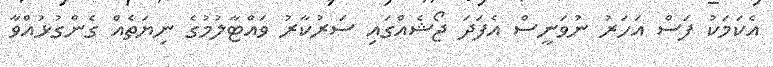
އެކަމަކު ފަސް އަހަރު ނުވަނީސް އެފަދަ ޖޯޝެއްގައި ސަރުކާރު ވައްޓާލުމުގެ ނިޔަތެއް ގެންގުޅުއްވާ